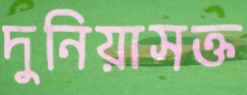
দুনিয়াসক্ত